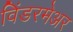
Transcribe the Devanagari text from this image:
विंडरमेअर